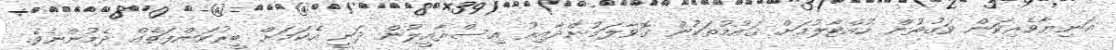
އަނިޔާވެރިކަން ވަގުތުން ހުއްޓާލުމަށް ޤައުމުތަކުން ގޮވާލަމުންދާއިރު އިސްރާއީލުން ދަނީ އެކަމަށް ބީރުކަންފަތެއް ދެމުންނެވެ.